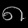
Digit: ၈